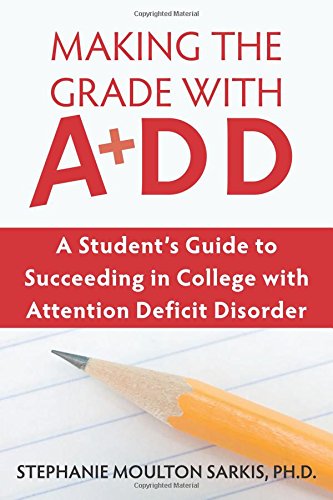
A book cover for Making the Grade With ADD: A Student's Guide to Succeeding in College With Attention Deficit Disorder; Stephanie Moulton Sarkis; Health, Fitness & Dieting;